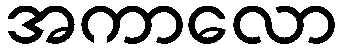
အကာလော